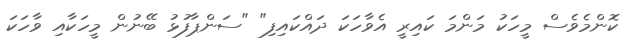
ކޮންމެވެސް މީހަކު މަންމަ ކައިރީ އެވާހަކަ ދައްކައިފި" "ސަންޕާފުޅު ބޭނުން މީހަކާއި ވާހަކަ